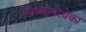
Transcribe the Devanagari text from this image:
लिप्सानोथेका